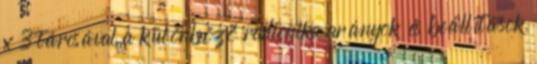
x 3 tárcsával a különböző radionika arányok és beállítások